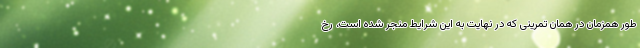
طور همزمان در همان تمرینی که در نهایت به این شرایط منجر شده است، رخ